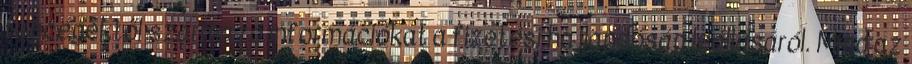
tagcégektől származó információkat a fizetési hajlandóság leállásáról. Mind az